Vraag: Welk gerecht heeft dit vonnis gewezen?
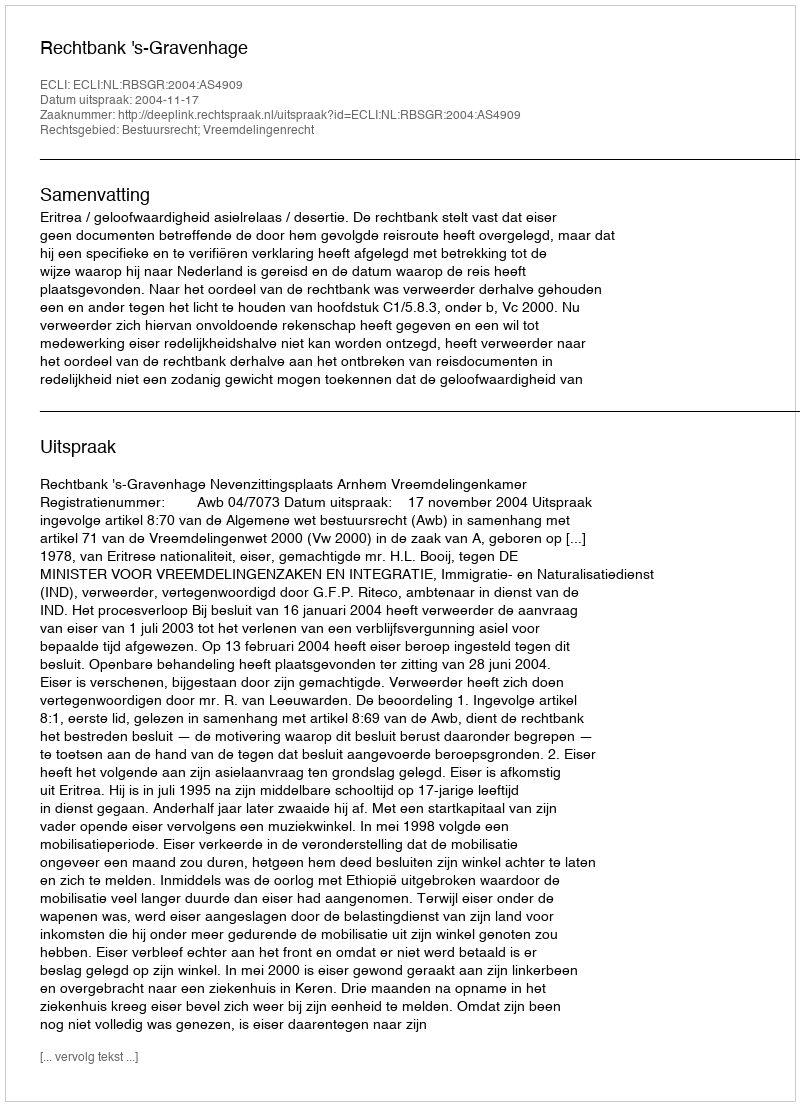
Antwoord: Rechtbank 's-Gravenhage